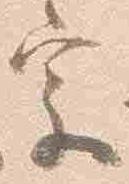
家